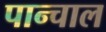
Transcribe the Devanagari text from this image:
पान्चाल